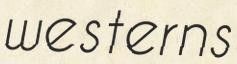
westerns